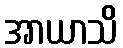
အာယာသိ